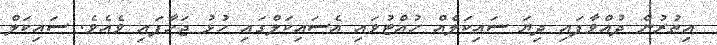
އިތުރުން ދުއްވާފައި ދިޔަ ސައިކަލެއް ހުއްޓުވައި އެސައިކަލްގައި ހުޅު ޖަހާފައި ވެއެވެ. ސައިކަލް